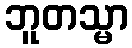
ဘူတသ္မာ